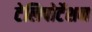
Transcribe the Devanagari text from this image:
टेलिपोर्टेशन